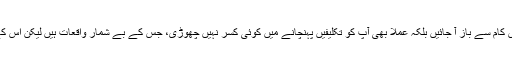
پھر صرف یہی نہیں کہ سخت اور سست کہا اور دھمکیاں دیں کہ آپؐ اس کام سے باز آ جائیں بلکہ عملاً بھی آپؐ کو تکلیفیں پہنچانے میں کوئی کسر نہیں چھوڑی، جس کے بے شمار واقعات ہیں لیکن اس کے باوجود خداتعالیٰ کی محبت کو کفار آپؐ کے دل سے کم نہ کر سکے۔